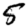
Digit: 5